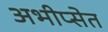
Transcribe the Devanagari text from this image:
अभीप्सेत